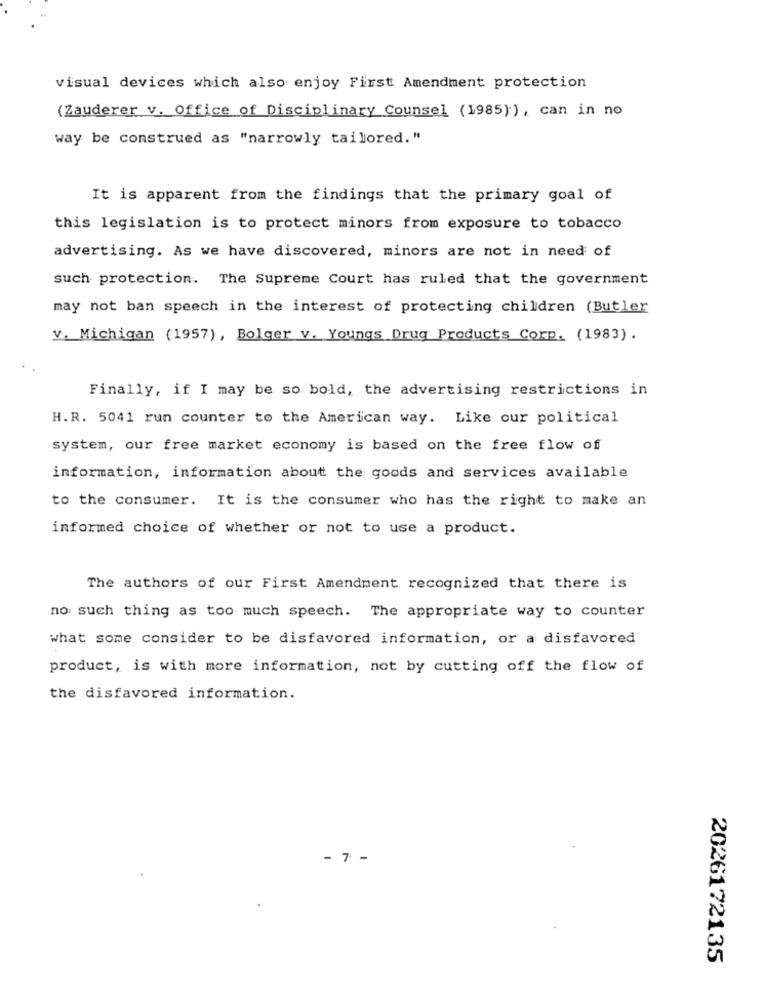
visual devices which also enjoy First Amendment protection
( Zauderer v. Office of Disciplinary Counsel (1985)), can in no
way be construed as "narrowly tailored. "
It is apparent from the findings that the primary goal of
this legislation is to protect minors from exposure to tobacco
advertising. As we have discovered, minors are not in need of
such protection. The Supreme Court has ruled that the government
may not ban speech in the interest of protecting children (Butler
v. Michigan (1957) , Bolger v. Youngs Drug Products Corp. (1983).
Finally, if I may be so bold, the advertising restrictions in
H.R. 5041 run counter to the American way. Like our political
system, our free market economy is based on the free flow of
information, information about the goods and services available
to the consumer. It is the consumer who has the right to make an
informed choice of whether or not to use a product.
The authors of our First Amendment recognized that there is
no such thing as too much speech. The appropriate way to counter
what some consider to be disfavored information, or a disfavored
product, is with more information, not by cutting off the flow of
the disfavored information.
- 7 -
2026172135